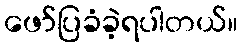
ဖော်ပြခံခဲ့ရပါတယ်။